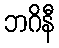
ဘဂိနီ